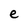
Character: e